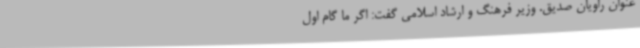
عنوان راویان صدیق. وزیر فرهنگ و ارشاد اسلامی گفت: اگر ما گام اول